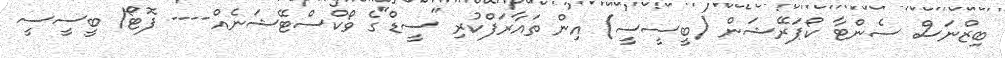
ބިޒްނަސް ސެންޓާ ކޯޕަރޭޝަން (ބީސީސީ) އިން ތައާރަފްކުރި "ސީޑް"ގެ ވޯކްސްޓޭޝަނެއް---- ފޮޓޯ/ ބީސީސީ